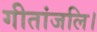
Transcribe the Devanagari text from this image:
गीतांजलि।